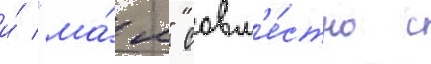
и́ "ма́я" совм'е́стно с